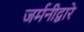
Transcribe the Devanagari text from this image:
जर्मनीद्वारे